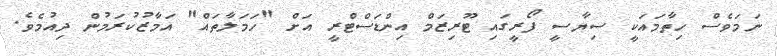
ނަމަވެސް ހިތާމައަކީ ސިޔާސީ ފޯރީގައި ޓޫރިޒަމް އިންޑަސްޓްރީ އަށް "ހަމަލާތައް" އަމާޒުކުރަމުން ދިއުމެވެ.